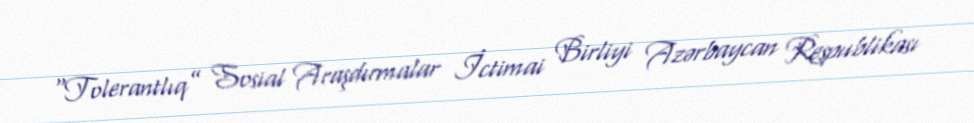
“Tolerantlıq” Sosial Araşdırmalar İctimai Birliyi Azərbaycan Respublikası